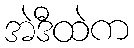
အဲဒီထဲက